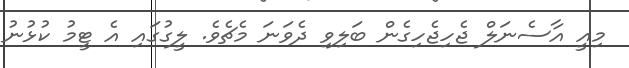
މިއީ އާސެނަލް ޖެހިޖެހިގެން ބަލިވި ދެވަނަ މެޗެވެ. ލީގުގައި އެ ޓީމު ކުޅުނު